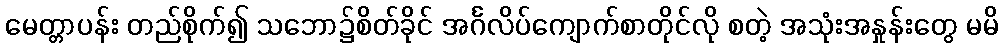
မေတ္တာပန်း တည်စိုက်၍ သဘော၌စိတ်ခိုင် အင်္ဂလိပ်ကျောက်စာတိုင်လို စတဲ့ အသုံးအနှုန်းတွေ မမိ